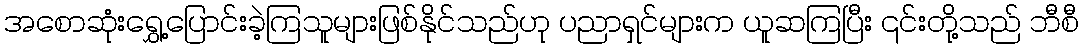
အစောဆုံးရွှေ့ပြောင်းခဲ့ကြသူများဖြစ်နိုင်သည်ဟု ပညာရှင်များက ယူဆကြပြီး ၎င်းတို့သည် ဘီစီ